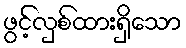
ဖွင့်လှစ်ထားရှိသော